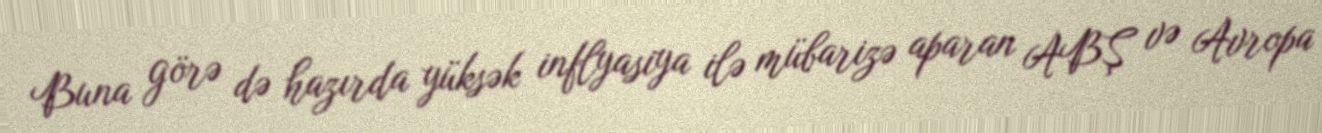
Buna görə də hazırda yüksək inflyasiya ilə mübarizə aparan ABŞ və Avropa